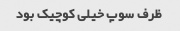
ظرف سوپ خیلی کوچیک بود